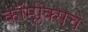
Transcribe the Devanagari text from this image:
कॉम्प्लेक्सचे